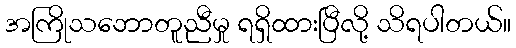
အကြိုသဘောတူညီမှု ရရှိထားပြီလို့ သိရပါတယ်။